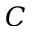
C